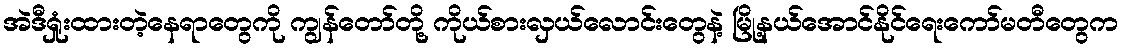
အဲဒီရှုံးထားတဲ့နေရာတွေကို ကျွန်တော်တို့ ကိုယ်စားလှယ်လောင်းတွေနဲ့ မြို့နယ်အောင်နိုင်ရေးကော်မတီတွေက